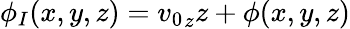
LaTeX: \phi_{I}(x,y,z)={v_{0}}_{z}z+\phi(x,y,z)